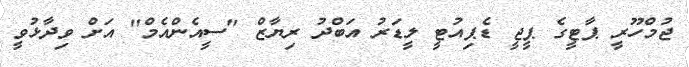
ޖުމްހޫރީ ޕާޓީގެ ޕީޖީ ޑެޕިއުޓީ ލީޑަރު އަބްދު ރިޔާޒް "ސީއެންއެމް" އަށް ވިދާޅުވީ